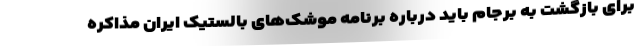
برای بازگشت به برجام باید درباره برنامه موشک‌های بالستیک ایران مذاکره